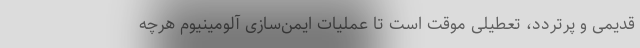
قدیمی و پرتردد، تعطیلی موقت است تا عملیات ایمن‌سازی آلومینیوم هرچه